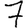
Digit: 7